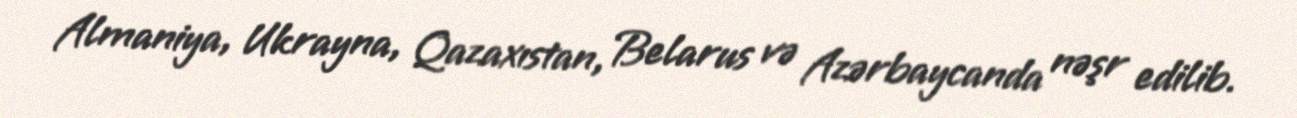
Almaniya, Ukrayna, Qazaxıstan, Belarus və Azərbaycanda nəşr edilib.